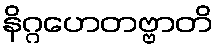
နိဂ္ဂဟေတဗ္ဗာတိ